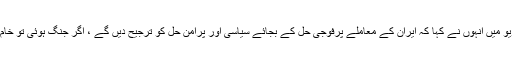
امریکی ٹی وی چینل کو دیئے گئے انٹرویو میں انہوں نے کہا کہ ایران کے معاملے پرفوجی حل کے بجائے سیاسی اور پرامن حل کو ترجیح دیں گے ، اگر جنگ ہوئی تو خام تیل کی قیمت میں بے تحاشا اضافہ ہوگا۔